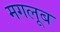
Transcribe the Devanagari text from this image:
मगलूब